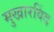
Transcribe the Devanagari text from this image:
मुखारविंद